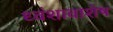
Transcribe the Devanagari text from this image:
ध्वंशावाशेष